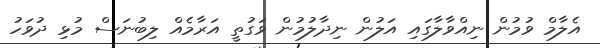
އެލާމް ވުމުން ނިއްވާލާގައި އަލުން ނިދާލުމުން ވަގުތީ އަރާމެއް ލިބުނަސް މުޅި ދުވަހު